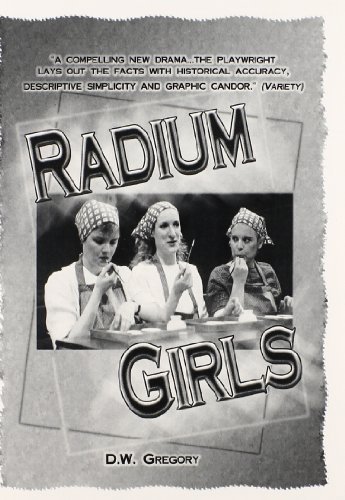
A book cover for Radium Girls; D.W. Gregory; Humor & Entertainment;